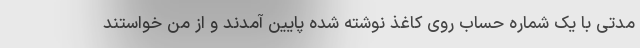
مدتی با یک شماره حساب روی کاغذ نوشته شده پایین آمدند و از من خواستند